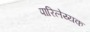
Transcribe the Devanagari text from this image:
पारिलेय्यक